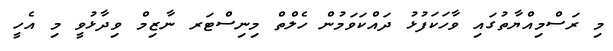
މި ރަސްމިއްޔާތުގައި ވާހަކަފުޅު ދައްކަވަމުން ހެލްތް މިނިސްޓަރ ނާޒިމް ވިދާޅުވީ މި އެހީ